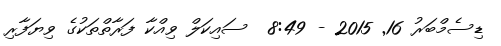
ޑިސެމްބަރު 16